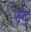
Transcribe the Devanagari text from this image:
स्ट्